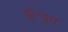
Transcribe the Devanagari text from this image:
डॉ॰डूम